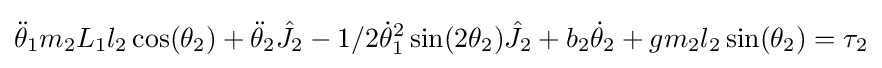
{\ddot {\theta }}_{1}m_{2}L_{1}l_{2}\cos(\theta _{2})+{\ddot {\theta }}_{2}{\hat {J_{2}}}-1/2{\dot {\theta }}_{1}^{2}\sin(2\theta _{2}){\hat {J_{2}}}+b_{2}{\dot {\theta }}_{2}+gm_{2}l_{2}\sin(\theta _{2})=\tau _{2}